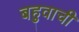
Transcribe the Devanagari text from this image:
बहुवाची